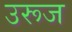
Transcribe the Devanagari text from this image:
उरूज